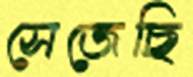
সেজেছি